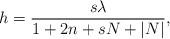
LaTeX: \begin{align*}h = {s\lambda\over {1 + 2n + sN + |N|}},\end{align*}